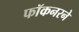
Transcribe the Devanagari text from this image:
फॉकनरने